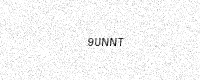
Text: 9UNNT